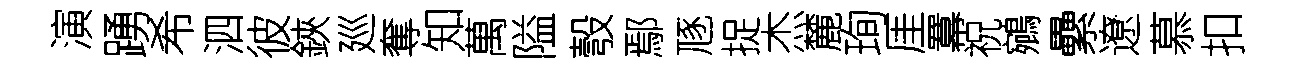
演踴希泗彼鋏廵奪知萬隘彀鄢豗捉杰麓珣厓羃祝鵷纍遼慕扣